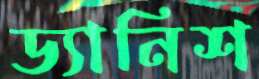
ড্যানিশ